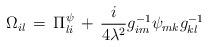
LaTeX: \begin{align*}\Omega_{il}\,=\,\Pi^{\psi}_{li}\,+\,\frac{i}{4\lambda^{2}}g^{-1}_{im}\psi_{mk}g^{-1}_{kl}\end{align*}